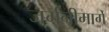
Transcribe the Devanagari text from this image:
जर्मनीमार्गे